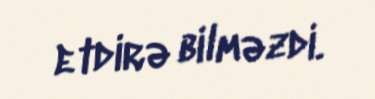
etdirə bilməzdi.